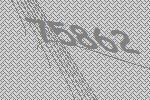
75862